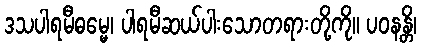
ဒသပါရမီဓမ္မေ၊ ပါရမီဆယ်ပါးသောတရားတို့ကို။ ပဝနန္တိ၊